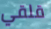
قلقي